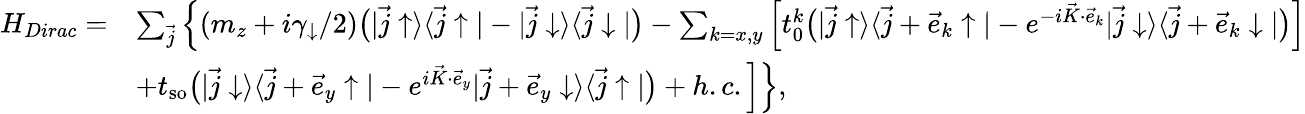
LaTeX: \begin{array}{rl}{H_{Dirac}=}&{\sum_{\vec{j}}\Big\{ (m_{z}+i\gamma_{\downarrow}/2)\bigr(|\vec{j}\uparrow\rangle\langle\vec{j}\uparrow|-|\vec{j}\downarrow\rangle\langle\vec{j}\downarrow|\bigr)-\sum_{k=x,y}\Big[t_{0}^{k}\bigr(|\vec{j}\uparrow\rangle\langle\vec{j}+\vec{e}_{k}\uparrow|-e^{-i\vec{K}\cdot\vec{e}_{k}}|\vec{j}\downarrow\rangle\langle\vec{j}+\vec{e}_{k}\downarrow|\bigr)\Big]}\\ &{+t_{\mathrm{so}}\bigr(|\vec{j}\downarrow\rangle\langle\vec{j}+\vec{e}_{y}\uparrow|-e^{i\vec{K}\cdot\vec{e}_{y}}|\vec{j}+\vec{e}_{y}\downarrow\rangle\langle\vec{j}\uparrow|\bigr)+h.c.\Big]\Big\} ,}\end{array}